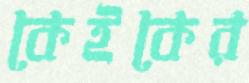
কেইকের